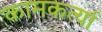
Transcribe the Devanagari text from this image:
कामकर्त्या